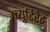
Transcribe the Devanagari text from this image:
ब्युटिरेट